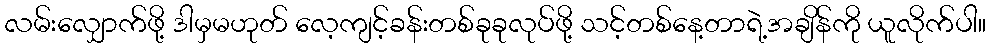
လမ်းလျှောက်ဖို့ ဒါမှမဟုတ် လေ့ကျင့်ခန်းတစ်ခုခုလုပ်ဖို့ သင့်တစ်နေ့တာရဲ့အချိန်ကို ယူလိုက်ပါ။